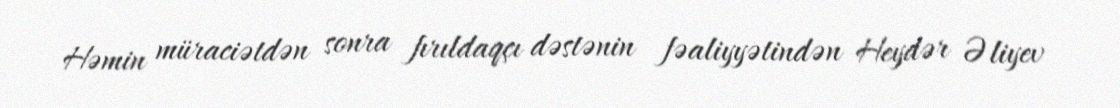
Həmin müraciətdən sonra fırıldaqçı dəstənin fəaliyyətindən Heydər Əliyev